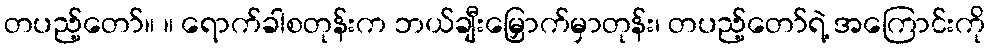
တပည့်တော်။ ။ ရောက်ခါစတုန်းက ဘယ်ချီးမြှောက်မှာတုန်း၊ တပည့်တော်ရဲ့ အကြောင်းကို